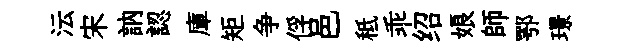
沄宋訥認庫矩争俘邑秪乖绍娘師鄂璟